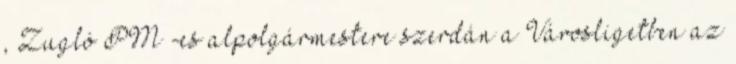
, Zugló PM -es alpolgármestere szerdán a Városligetben az